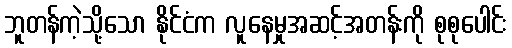
ဘူတန်ကဲ့သို့သော နိုင်ငံက လူနေမှုအဆင့်အတန်းကို စုစုပေါင်း